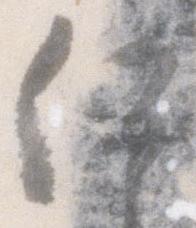
何